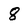
Character: 8